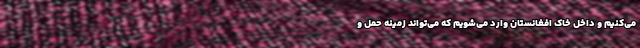
می‌کنیم و داخل خاک افغانستان وارد می‌شویم که می‌تواند زمینه حمل و